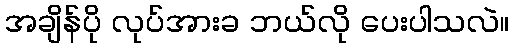
အချိန်ပို လုပ်အားခ ဘယ်လို ပေးပါသလဲ။